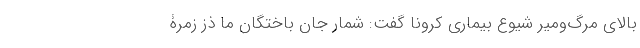
بالای مرگ‌ومیر شیوع بیماری کرونا گفت: شمار جان باختگان ما ذز زمرۀ